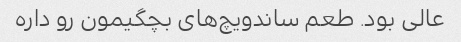
عالی بود. طعم ساندویچ‌های بچگیمون رو داره